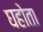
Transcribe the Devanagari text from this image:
घहोता